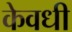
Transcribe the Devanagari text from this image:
केवधी